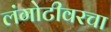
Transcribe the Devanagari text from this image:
लंगोटीवरचा